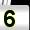
Digit: 5